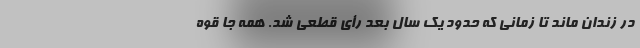
در زندان ماند تا زمانی که حدود یک سال بعد رأی قطعی شد. همه جا قوه